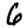
Digit: 6